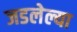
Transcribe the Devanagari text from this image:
जडलेल्या